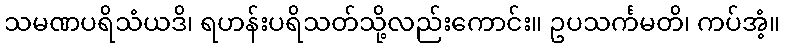
သမဏပရိသံယဒိ၊ ရဟန်းပရိသတ်သို့လည်းကောင်း။ ဥပသင်္ကမတိ၊ ကပ်အံ့။